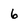
Character: 6